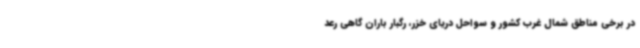
در برخی مناطق شمال غرب کشور و سواحل دریای خزر، رگبار باران گاهی رعد